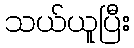
သယ်ယူပြီး